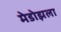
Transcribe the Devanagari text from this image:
मेडोझला